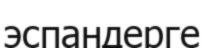
эспандерге